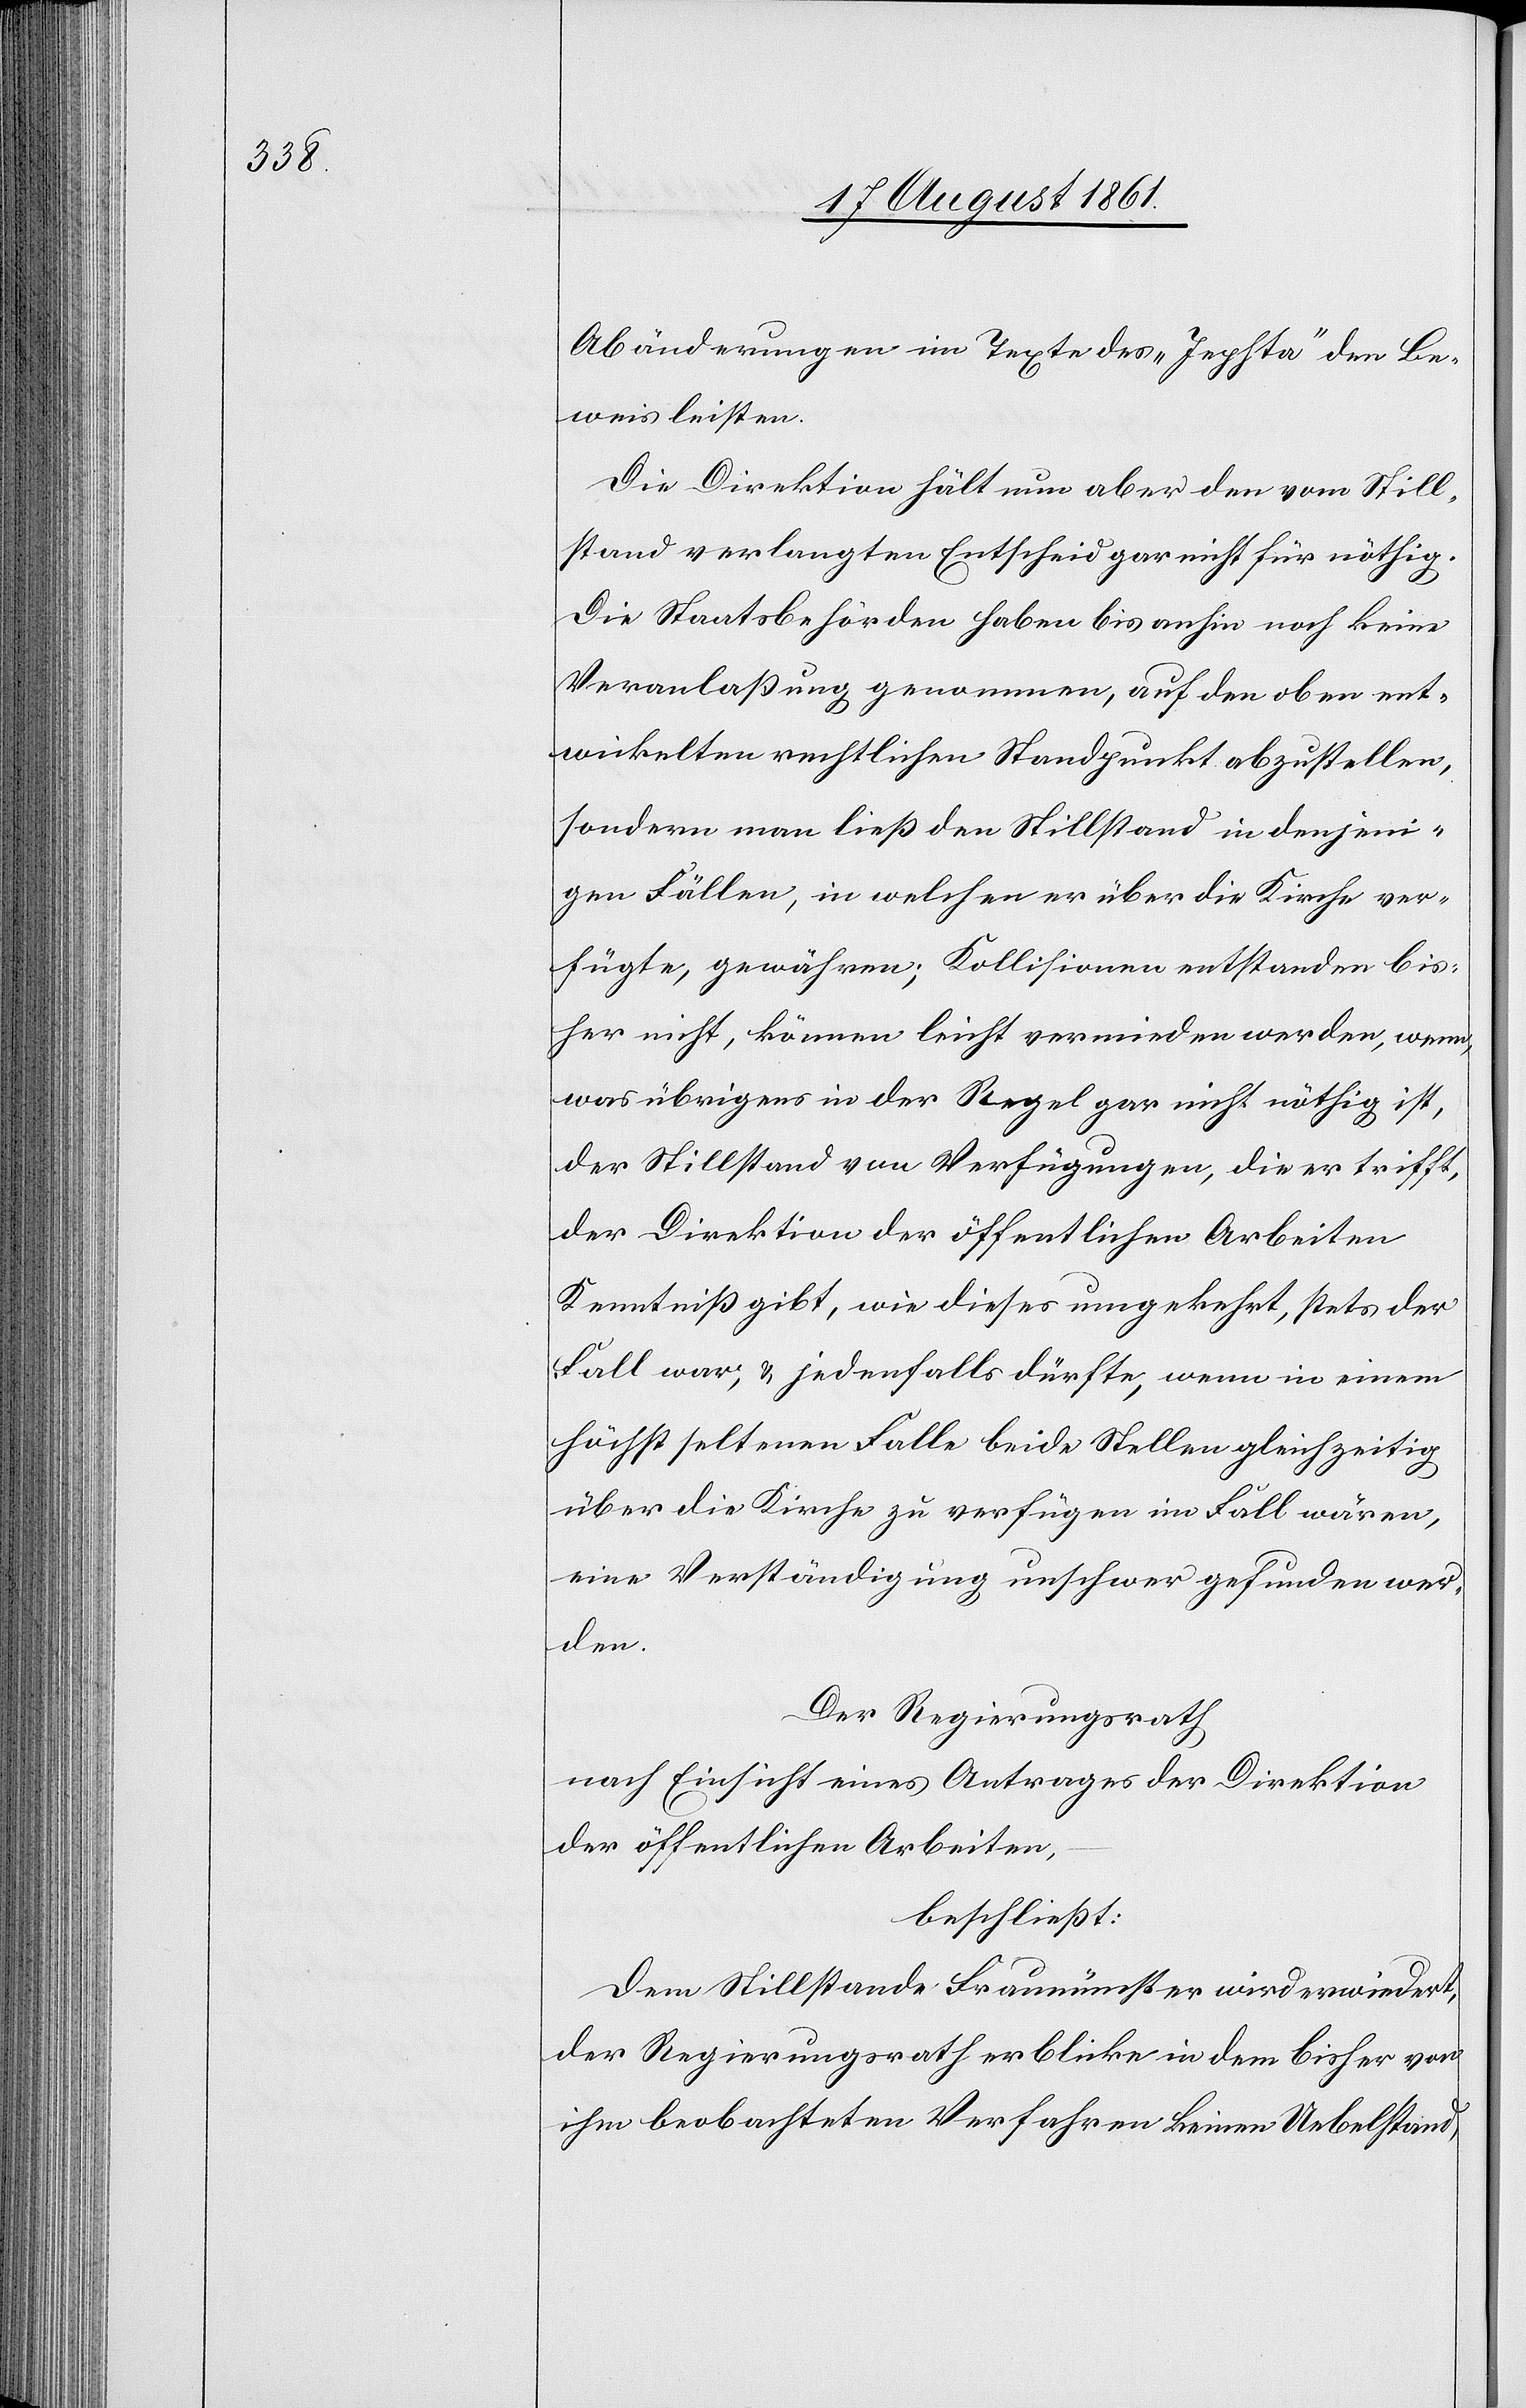
Abänderungen im Texte des „Jephta“ den Be¬
weis leisten.
Die Direktion hält nun aber den vom Still¬
stand verlangten Entscheid gar nicht für nöthig.
Die Staatsbehörden haben bis anhin noch keine
Veranlaßung genommen, auf den oben ent¬
wickelten rechtlichen Standpunkte abzustellen,
sondern man ließ dem Stillstande in denjeni¬
gen Fällen, in welchen er über die Kirche ver¬
fügte, gewähren; Kollisionen entstanden bis¬
her nicht, können leicht vermieden werden, wenn,
was übrigens in der Regel gar nicht nöthig ist,
der Stillstand von Verfügungen, die er trifft,
der Direktion der öffentlichen Arbeiten
Kenntniß gibt, wie dieses umgekehrt, stets der
Fall war, u. jedenfalls dürfte, wenn in einem
höchst seltenen Falle beide Stellen gleichzeitig
über die Kirche zu verfügen im Falle wären,
eine Verständigung unschwer gefunden wer¬
den.
Der Regierungsrath,
nach Einsicht eines Antrages der Direktion
der öffentlichen Arbeiten,
beschließt:
Dem Stillstande Fraumünster wird erwiedert,
der Regierungsrath erblicke in dem bisher von
ihm beobachteten Verfahren keinen Uebelstand,